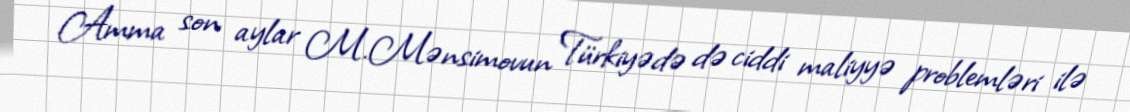
Amma son aylar M.Mənsimovun Türkiyədə də ciddi maliyyə problemləri ilə